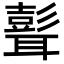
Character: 𦗭